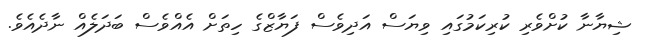
ޝިޔާނާ ކުށްވެރި ކުރިކަމުގައި ވިޔަސް އަދިވެސް ފަޔާޒްގެ ހިތަށް އެއްވެސް ބަދަލެއް ނާދެއެވެ.